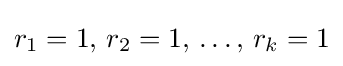
r_{1}=1,\,r_{2}=1,\,\ldots ,\,r_{k}=1